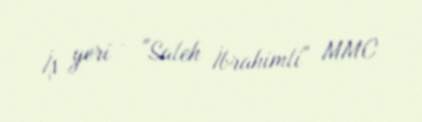
İş yeri - "Saleh İbrahimli" MMC